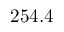
2 5 4 . 4